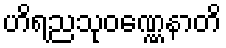
ဟိရညသုဝဏ္ဏေနာတိ